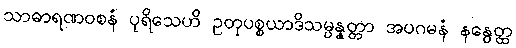
သာဓာရဏဝစနံ ပုရိသေဟိ ဥတုပစ္စယာဒိသမ္ပန္နတ္တာ အပဂမနံ နနွေတ္ထ